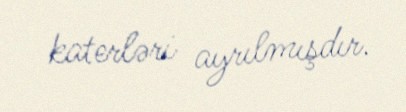
katerləri ayrılmışdır.